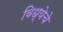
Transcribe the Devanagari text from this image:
विध्येचे